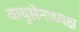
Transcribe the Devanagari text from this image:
वायुसेनाध्यक्ष